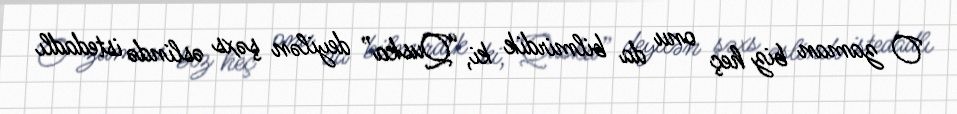
O zaman biz heç onu da bilmirdik ki, “Quska” deyilən şəxs əslində istedadlı